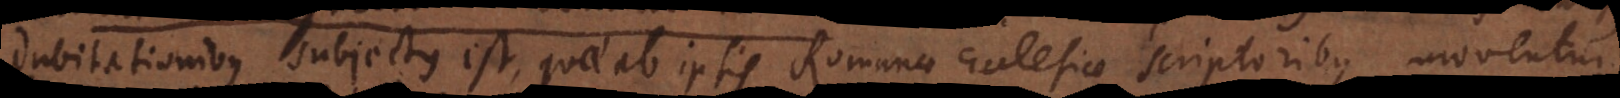
dubitationibus subjectus est, quae ab ipsis Romanae Ecclesiae scriptoribus moventur.